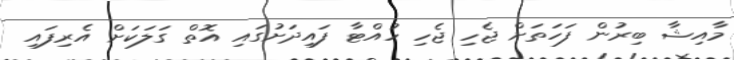
މާއިޝާ ބިރުން ފަހަތަށް ޖެހި ޖެހި ހުއްޓާ ފައިދަށުގައި އޮތް ގަލަކަށް އެރިފައި